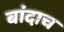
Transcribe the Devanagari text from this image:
बांदाच